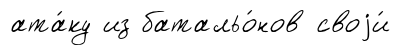
ата́ку из батальо́нов своjи́